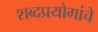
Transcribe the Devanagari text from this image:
शब्दप्रयोगांचे